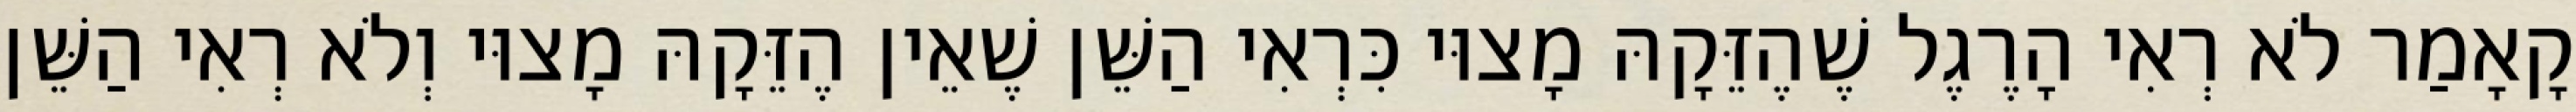
קָאָמַר לֹא רְאִי הָרֶגֶל שֶׁהֶזֵּקָהּ מָצוּי כִּרְאִי הַשֵּׁן שֶׁאֵין הֶזֵּקָהּ מָצוּי וְלֹא רְאִי הַשֵּׁן